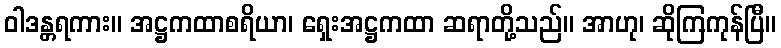
ဝါဒန္တရကား။ အဋ္ဌကထာစရိယာ၊ ရှေးအဋ္ဌကထာ ဆရာတို့သည်။ အာဟု၊ ဆိုကြကုန်ပြီ။